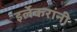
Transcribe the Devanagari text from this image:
इर्लेकरांनी